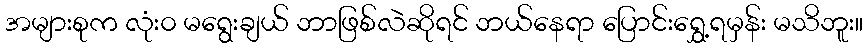
အများစုက လုံး၀ မရွေးချယ် ဘာဖြစ်လဲဆိုရင် ဘယ်နေရာ ပြောင်းရွှေ့ရမှန်း မသိဘူး။